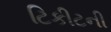
ટિકીટની